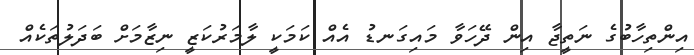
އިންތިހާބުގެ ނަތީޖާ އިން ދޭހަވާ މައިގަނޑު އެއް ކަމަކީ ލާމަރުކަޒީ ނިޒާމަށް ބަދަލުތަކެއް